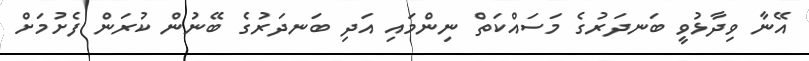
އޭނާ ވިދާޅުވީ ބަނދަރުގެ މަސައްކަތް ނިންމައި އަދި ބަނދަރުގެ ބޭނުން ކުރަން ފެށުމަށް